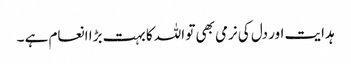
ہدایت اور دل کی نرمی بھی تو اللہ کا بہت بڑا انعام ہے ۔